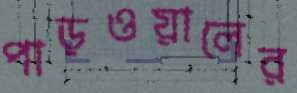
পাড়ওয়ালের